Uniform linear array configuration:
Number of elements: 32
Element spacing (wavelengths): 0.75
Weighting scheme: cosine
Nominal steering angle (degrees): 30
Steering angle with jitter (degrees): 31.634
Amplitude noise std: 0.05
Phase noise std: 0.05

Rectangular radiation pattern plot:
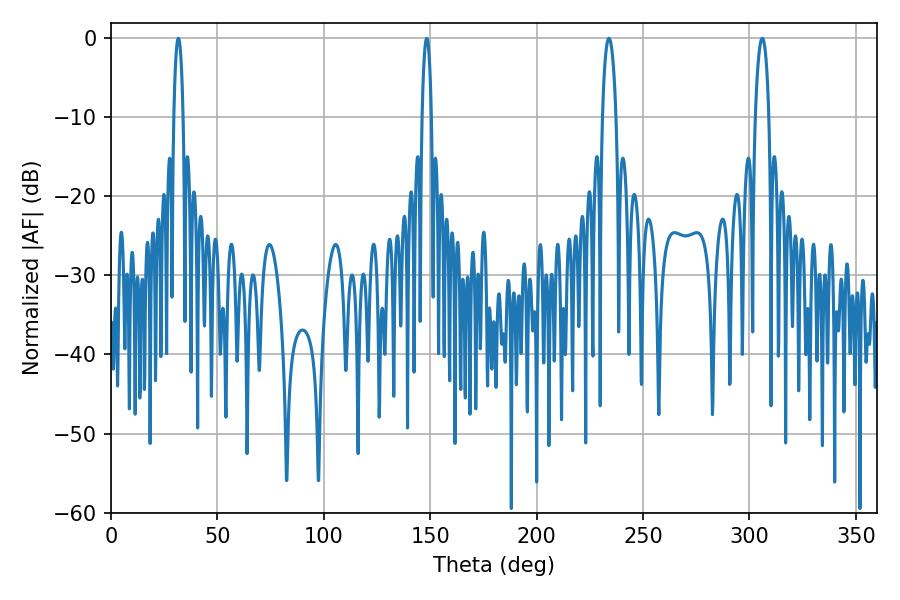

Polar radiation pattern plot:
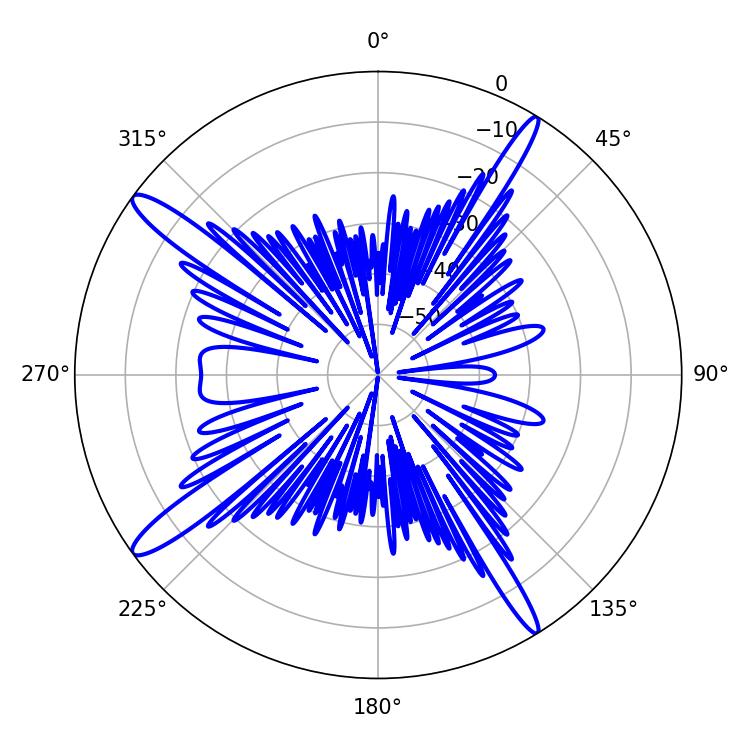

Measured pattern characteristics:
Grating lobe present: TRUE
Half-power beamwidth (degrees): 3.6
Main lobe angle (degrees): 234